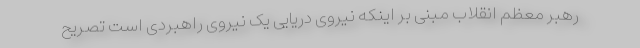
رهبر معظم انقلاب مبنی بر اینکه نیروی دریایی یک نیروی راهبردی است تصریح